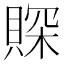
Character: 賝